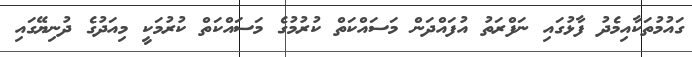
ގައުމުތަކާއިމެދު ފާޅުގައި ނަފްރަތު އުފައްދަން މަސައްކަތް ކުރުމުގެ މަސައްކަތް ކުރުމަކީ މިއަދުގެ ދުނިޔޭގައި